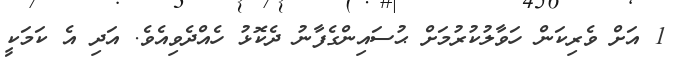
1 އަށް ވެރިކަން ހަވާލުކުރުމަށް ޙުސައިންގެފާނު ދެކޮޅު ހެއްދެވިއެވެ. އަދި އެ ކަމަކީ